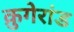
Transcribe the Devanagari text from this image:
क्रुगेरांड